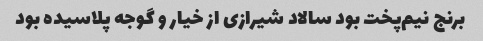
برنج نیم‌پخت بود سالاد شیرازی از خیار و گوجه پلاسیده بود